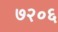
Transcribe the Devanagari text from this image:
७२०६